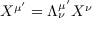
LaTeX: X ^ { \mu ^ { \prime } } = \Lambda _ { \nu } ^ { \mu ^ { \prime } } X ^ { \nu }